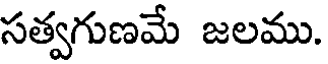
సత్వగుణమే జలము.